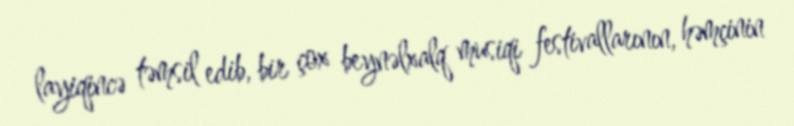
layiqincə təmsil edib, bir çox beynəlxalq musiqi festivallarının, həmçinin